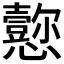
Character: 𪭁